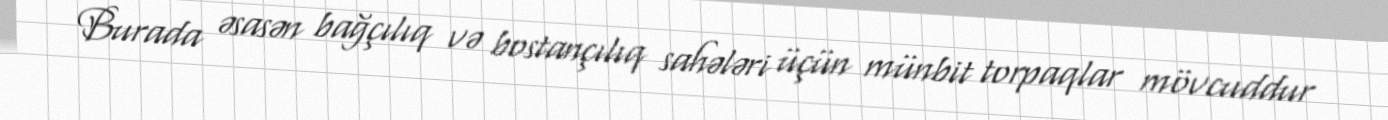
Burada əsasən bağçılıq və bostançılıq sahələri üçün münbit torpaqlar mövcuddur